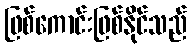
ဖြစ်ကောင်းဖြစ်နိုင်သည်